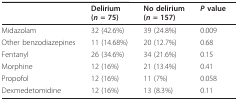
<table><thead><tr><td></td><td><b>Delirium(<i>n </i>= 75)</b></td><td><b>No delirium(<i>n </i>= 157)</b></td><td><b><i>P </i>value</b></td></tr></thead><tbody><tr><td>Midazolam</td><td>32 (42.6%)</td><td>39 (24.8%)</td><td>0.009</td></tr><tr><td>Other benzodiazepines</td><td>11 (14.68%)</td><td>20 (12.7%)</td><td>0.68</td></tr><tr><td>Fentanyl</td><td>26 (34.6%)</td><td>34 (21.6%)</td><td>0.15</td></tr><tr><td>Morphine</td><td>12 (16%)</td><td>21 (13.4%)</td><td>0.41</td></tr><tr><td>Propofol</td><td>12 (16%)</td><td>11 (7%)</td><td>0.058</td></tr><tr><td>Dexmedetomidine</td><td>12 (16%)</td><td>13 (8.3%)</td><td>0.11</td></tr></tbody></table>